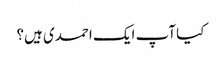
کیا آپ ایک احمدی ہیں؟